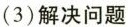
(3)解决问题